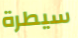
سيطرة